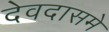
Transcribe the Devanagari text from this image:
देवदासमे